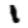
Digit: 1